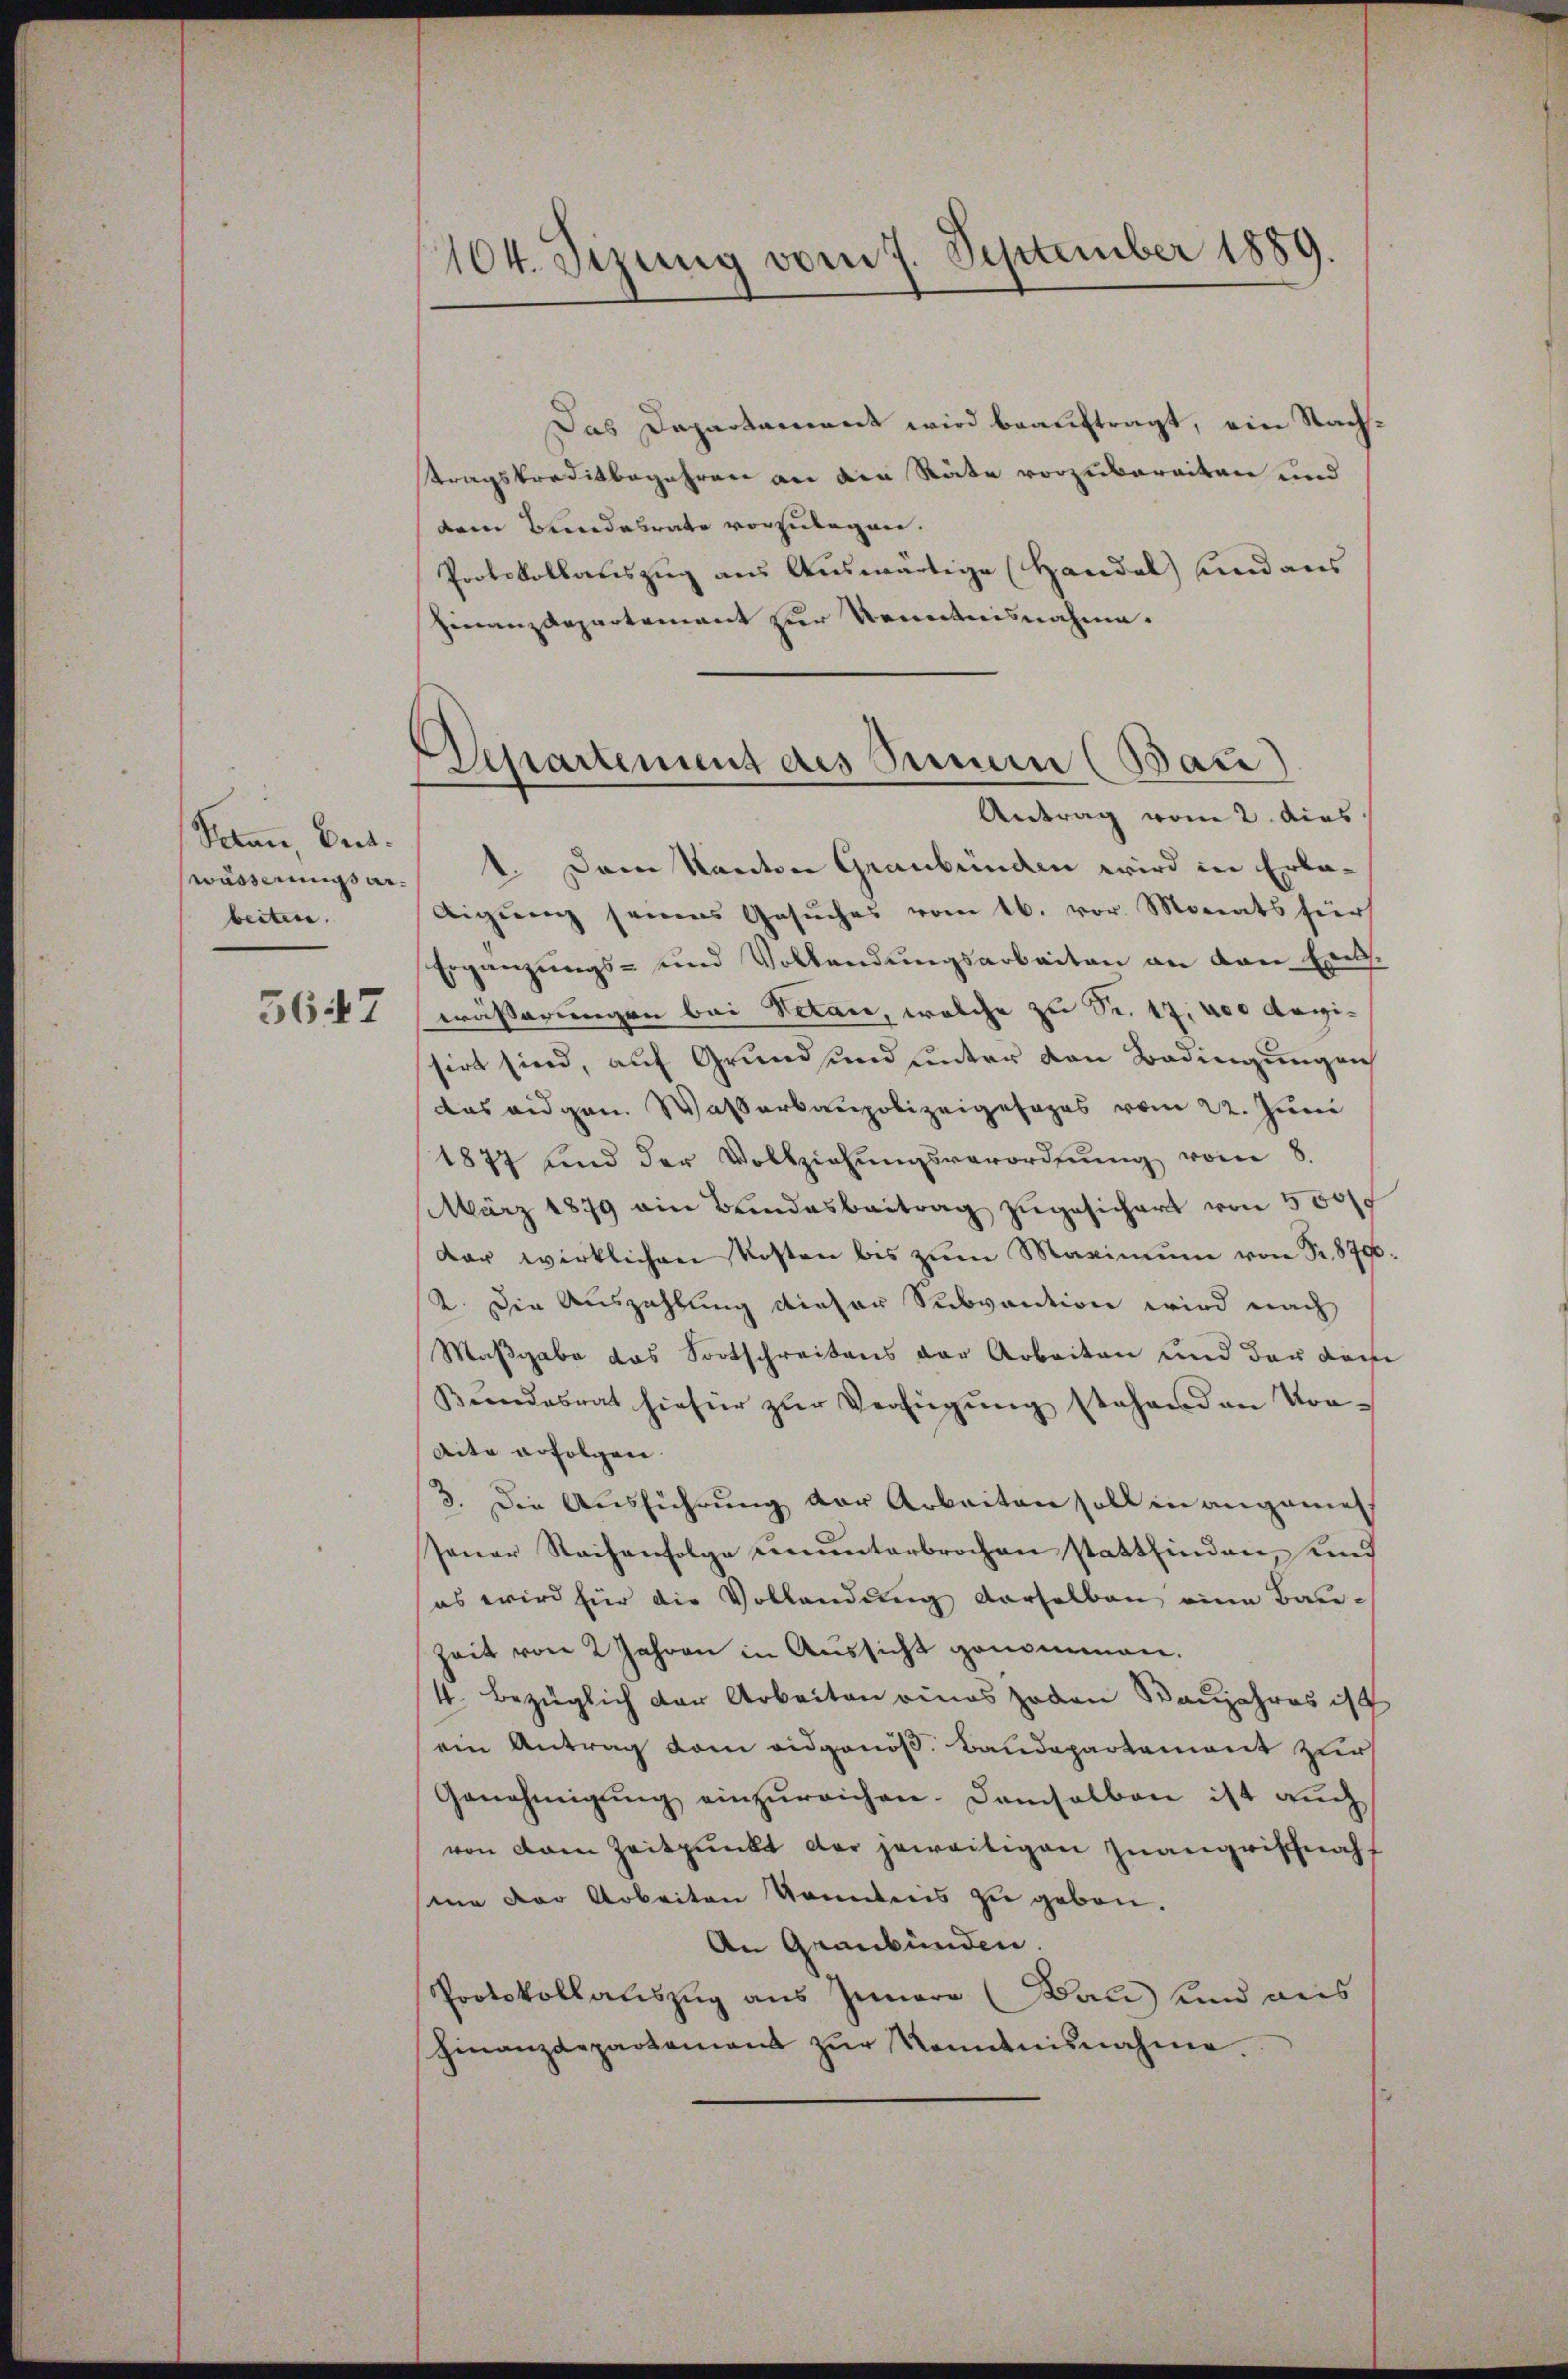
Jean Dritwässerungsarbeiten. |
5647

104. Sizung vom 7. September 1889.

Departement des Innern (Bau)
Antrag vom 2. dies

Das Dapartament wird beauftragt, ein Nachtragskreditbegehren an die Räte vorzubereiten und
dem Bundesrate vorzulegen.
Protokollauszug aus Auswärtige Handel und aus
Finanzdepartement zur Kenntnisnahme.
1. Dem Kanton Graubünden wird in Erkadigung seines Gesuches vom 16. vor. Monats für
Ergänzŭngs- und Vollendŭngsarbeiten an den Ent-
wässerungen bei Vetan, welche zu S. 17, 400 Magisirt sind, auf Grund und unter den Bedingungen
das eidgen Wasserbaupolizeigesages vom 22. Juni
1877 sind der Vollziehŭngsverordnung vom 8.
März 1879 am Bundesbeitrag zŭgesichert von 500fr
dar wirklichen Kosten bis zŭm Maximum von Fr. 8700.
2. Die Auszahlung dieser Subvention wird nach
Maßgabe das Fortschreitens der Arbeiten und der dem
Sŭndesrat hiefür zŭr Verfügŭng stehend an Vor-
Aite erfolgen
3. Die Ausführung der Arbeiten soll in angeme
Janar Reihenfolge ununterbrochen stattfinden, und
(es wird für die Vollendung derselben eine Bau¬
Zeit von 2 Jahren in Aussicht genommen.
4. bezüglich der Arbeiten eines Joden Raujahres ist
ein Antrag vom eidgenöß. Baudepartement zur
Genehmigung einzureichen. Demselben ist auch
von der Zeitpunkt der jeweitigen Juangrischnahf
me der Arbeiten konntens zu geben.
An Graubünden.
Protokollauszug aus Innere (Bau) und weis
Finanzdepartement zŭr Kenntnisnahme.